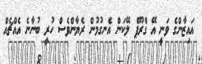
އައިޒާންގެ ވަނީ އޭ ގްރޫޕް ލޭކަން އެނގުމުން ރެޔާންވެސް ހުރީ ބުނާނެ އެއްޗެއް